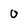
Character: 0